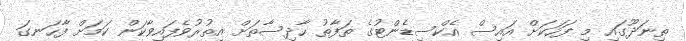
ތިނަދޫގައި މި ފަހަކަށް އައިސް އެކްސިޑެންޓުގެ ތަފާތު ހާދިސާތަށް އިތުރުވެފައިވާކަން ކަމަށް ފާހަނގަ